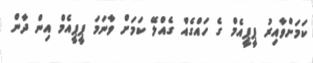
ކަމަށްވާއިރު ޕީޕީއެމް ގެ ހައްގެއް ގެއްލޭ ކަމަށް ވާނަމަ ޕީޕީއެމް އިން ދާން